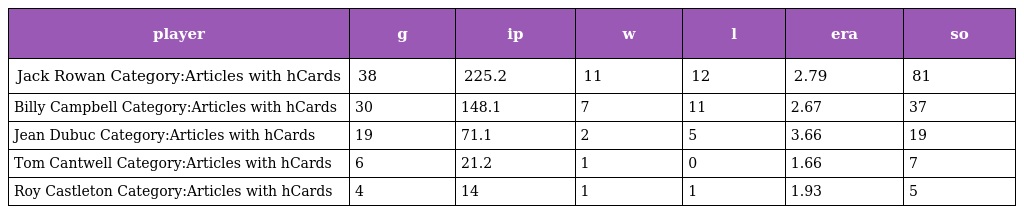
| player | g | ip | w | l | era | so |
 | --- | --- | --- | --- | --- | --- | --- |
 | Jack Rowan Category:Articles with hCards | 38 | 225.2 | 11 | 12 | 2.79 | 81 |
 | Billy Campbell Category:Articles with hCards | 30 | 148.1 | 7 | 11 | 2.67 | 37 |
 | Jean Dubuc Category:Articles with hCards | 19 | 71.1 | 2 | 5 | 3.66 | 19 |
 | Tom Cantwell Category:Articles with hCards | 6 | 21.2 | 1 | 0 | 1.66 | 7 |
 | Roy Castleton Category:Articles with hCards | 4 | 14 | 1 | 1 | 1.93 | 5 |